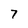
Character: 7